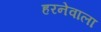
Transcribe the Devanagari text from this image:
हरनेवाला